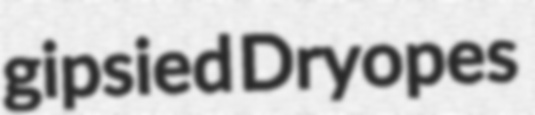
gipsied Dryopes